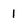
Character: 1